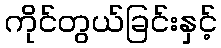
ကိုင်တွယ်ခြင်းနှင့်